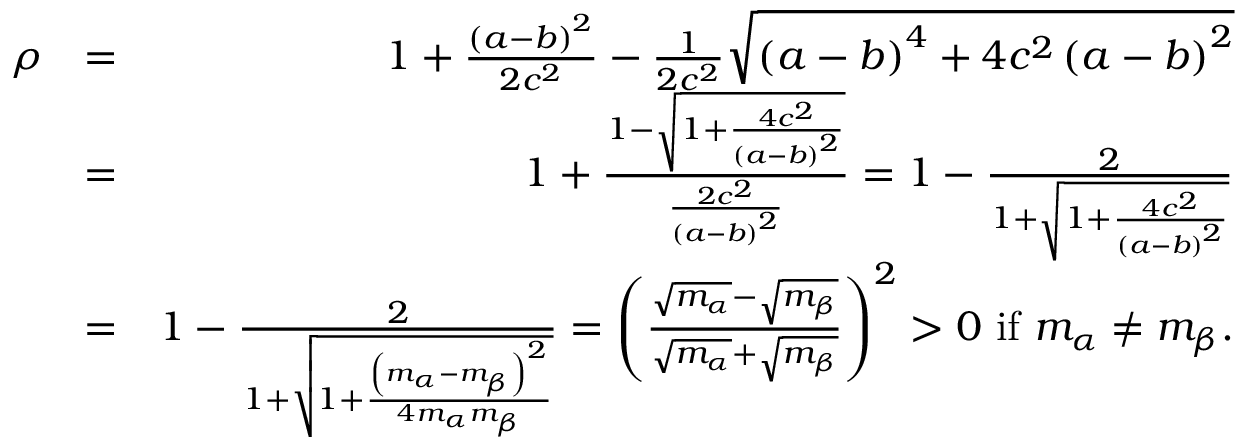
\begin{array} { r l r } { \rho } & { = } & { 1 + \frac { \left( a - b \right) ^ { 2 } } { 2 c ^ { 2 } } - \frac { 1 } { 2 c ^ { 2 } } \sqrt { \left( a - b \right) ^ { 4 } + 4 c ^ { 2 } \left( a - b \right) ^ { 2 } } } \\ & { = } & { 1 + \frac { 1 - \sqrt { 1 + \frac { 4 c ^ { 2 } } { \left( a - b \right) ^ { 2 } } } } { \frac { 2 c ^ { 2 } } { \left( a - b \right) ^ { 2 } } } = 1 - \frac { 2 } { 1 + \sqrt { 1 + \frac { 4 c ^ { 2 } } { \left( a - b \right) ^ { 2 } } } } } \\ & { = } & { 1 - \frac { 2 } { 1 + \sqrt { 1 + \frac { \left( m _ { \alpha } - m _ { \beta } \right) ^ { 2 } } { 4 m _ { \alpha } m _ { \beta } } } } = \left( \frac { \sqrt { m _ { \alpha } } - \sqrt { m _ { \beta } } } { \sqrt { m _ { \alpha } } + \sqrt { m _ { \beta } } } \right) ^ { 2 } > 0 \mathrm { ~ i f ~ } m _ { \alpha } \neq m _ { \beta } \mathrm { . } } \end{array}